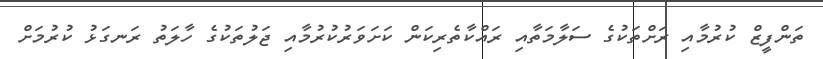
ތަންފީޒް ކުރުމާއި ރަށްތަކުގެ ސަލާމަތާއި ރައްކާތެރިކަން ކަށަވަރުކުރުމާއި ޖަލުތަކުގެ ހާލަތު ރަނގަޅު ކުރުމަށް